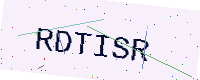
Text: RDTISR